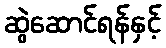
ဆွဲဆောင်ရန်နှင့်